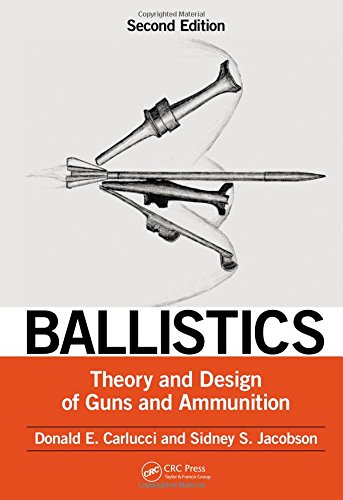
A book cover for Ballistics: Theory and Design of Guns and Ammunition, Second Edition; Donald E. Carlucci; Engineering & Transportation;